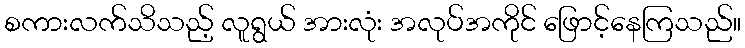
စကားလက်သိသည့် လူရွယ် အားလုံး အလုပ်အကိုင် ဖြောင့်နေကြသည်။